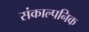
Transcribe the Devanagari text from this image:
संकाल्पनिक